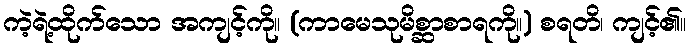
ကဲ့ရဲ့ထိုက်သော အကျင့်ကို။ (ကာမေသုမိစ္ဆာစာရကို။) စရတိ၊ ကျင့်၏။